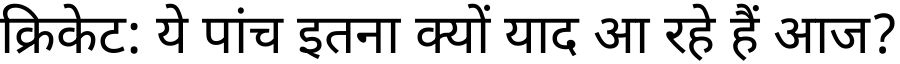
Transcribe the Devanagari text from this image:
क्रिकेट: ये पांच इतना क्यों याद आ रहे हैं आज?